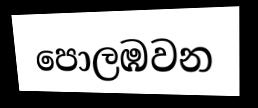
පොලඹවන